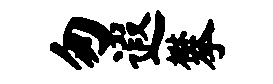
匆遐攀